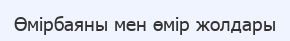
Өмірбаяны мен өмір жолдары